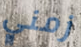
زمني